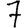
Digit: 7